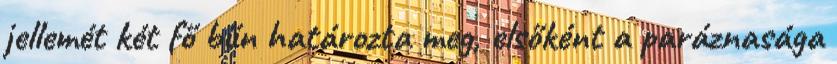
jellemét két fő bűn határozta meg, elsőként a paráznasága